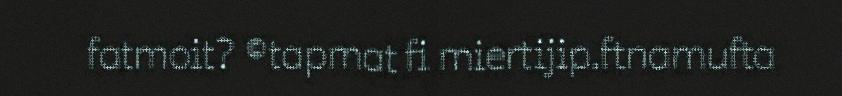
fatmoit? ©tapmat fi miertijip.ftnamufta